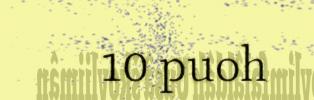
10 puoh